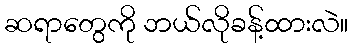
ဆရာတွေကို ဘယ်လိုခန့်ထားလဲ။